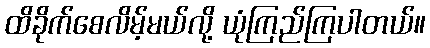
ထိခိုက်စေလိမ့်မယ်လို့ ယုံကြည်ကြပါတယ်။